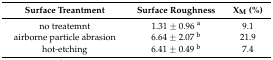
| Surface Treantment | Surface Roughness | XM (%) |
 | --- | --- | --- |
 | no treatemnt | 1.31 ± 0.96 a | 9.1 |
 | airborne particle abrasion | 6.64 ± 2.07 b | 21.9 |
 | hot-etching | 6.41 ± 0.49 b | 7.4 |